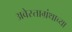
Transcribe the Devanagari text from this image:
अवेस्ताग्रंथाच्या